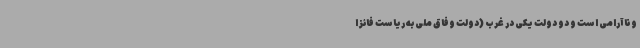
و ناآرامی است و دو دولت یکی در غرب (دولت وفاق ملی به ریاست فائز ا